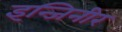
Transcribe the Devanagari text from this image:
इन्जिनीर